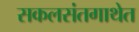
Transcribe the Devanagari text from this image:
सकलसंतगाथेत